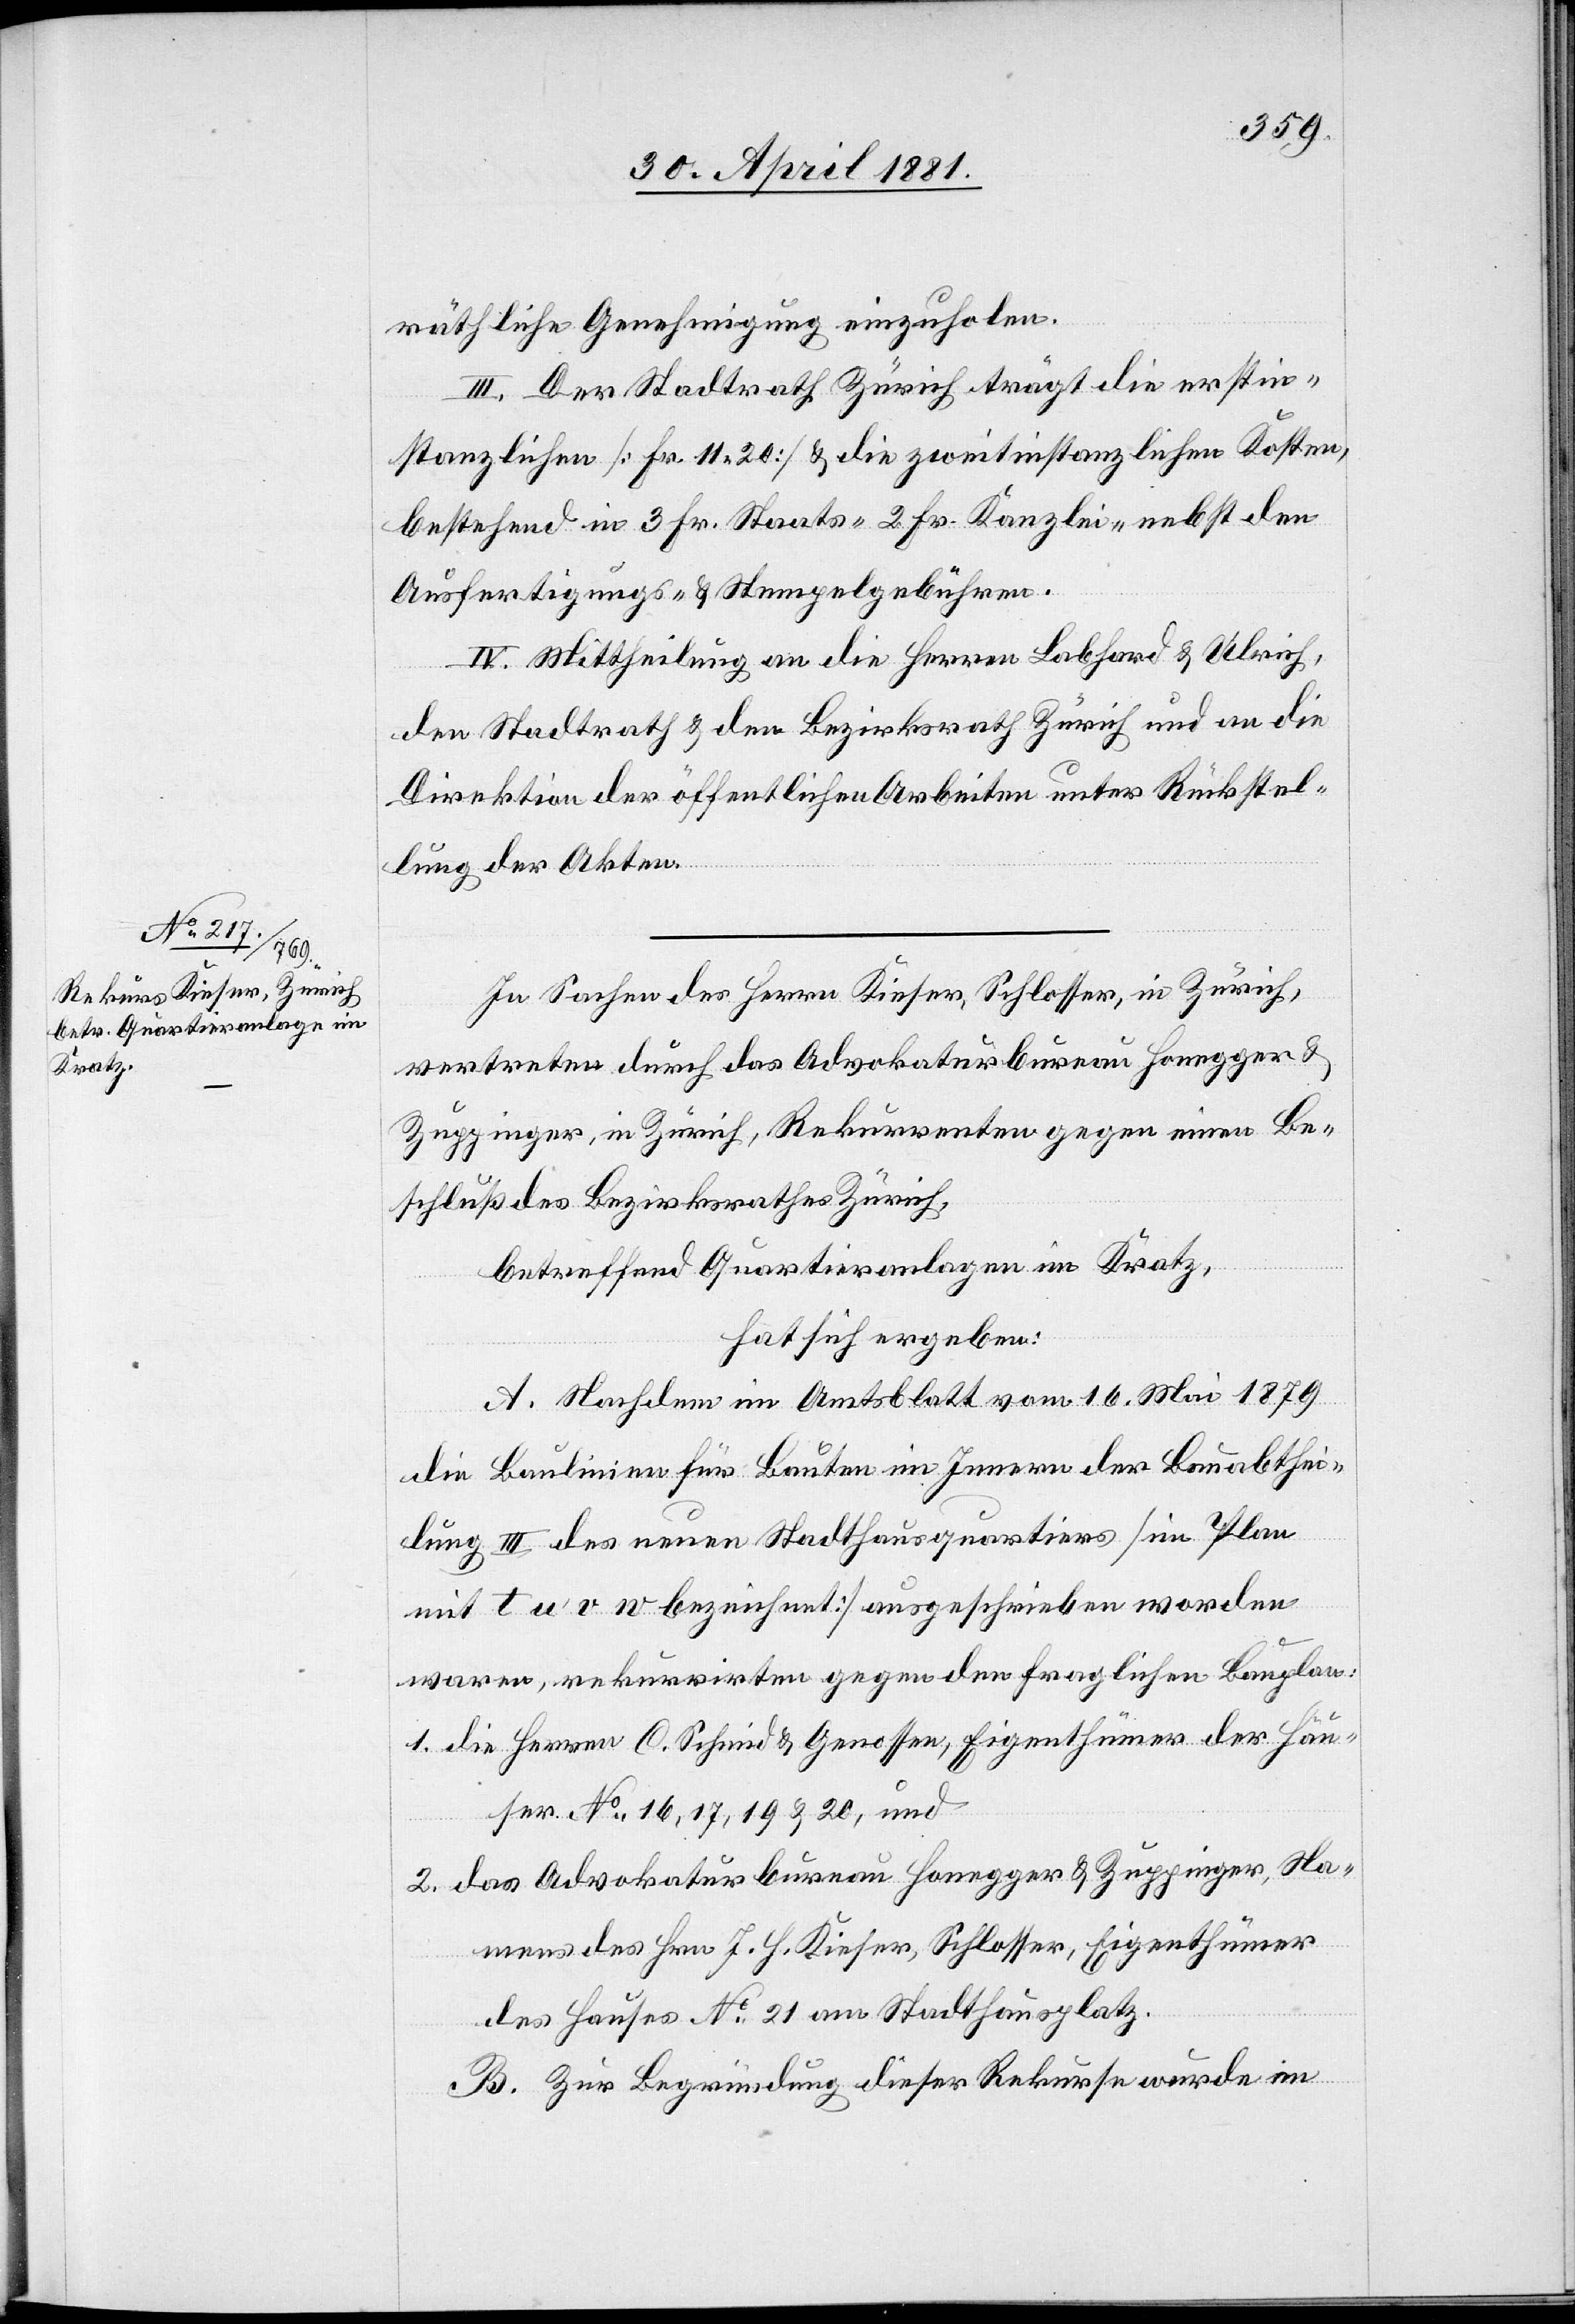
räthliche Genehmigung einzuholen.
III. Der Stadtrath Zürich trägt die erstin¬
stanzlichen [Fr. 11. 20] & die zweitinstanzlichen Kosten,
bestehend in 3 Fr. Staats- 2 Fr. Kanzlei- nebst den
Ausfertigungs- & Stempelgebühren.
IV. Mittheilung an die Herren Labhard & Ulrich,
den Stadtrath & den Bezirksrath Zürich und an die
Direktion der öffentlichen Arbeiten unter Rückstel¬
lung der Akten.